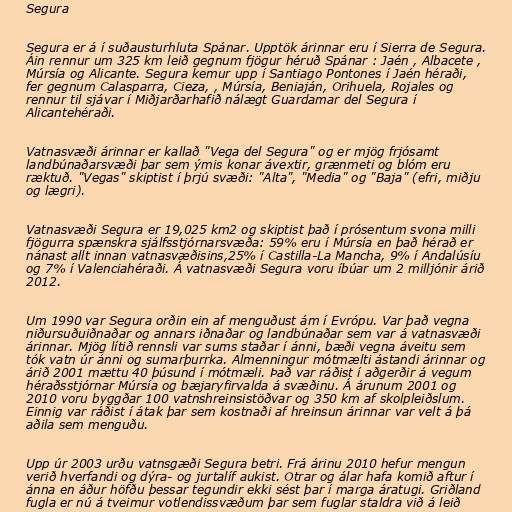
Segura

Segura er á í suðausturhluta Spánar. Upptök árinnar eru í Sierra de Segura.
Áin rennur um 325 km leið gegnum fjögur héruð Spánar : Jaén , Albacete ,
Múrsía og Alicante. Segura kemur upp í Santiago Pontones í Jaén héraði,
fer gegnum Calasparra, Cieza, , Múrsía, Beniaján, Orihuela, Rojales og
rennur til sjávar í Miðjarðarhafið nálægt Guardamar del Segura í
Alicantehéraði.

Vatnasvæði árinnar er kallað "Vega del Segura" og er mjög frjósamt
landbúnaðarsvæði þar sem ýmis konar ávextir, grænmeti og blóm eru
ræktuð. "Vegas" skiptist í þrjú svæði: "Alta", "Media" og "Baja" (efri, miðju
og lægri).

Vatnasvæði Segura er 19,025 km2 og skiptist það í prósentum svona milli
fjögurra spænskra sjálfsstjórnarsvæða: 59% eru í Múrsía en það hérað er
nánast allt innan vatnasvæðisins,25% í Castilla-La Mancha, 9% í Andalúsíu
og 7% í Valenciahéraði. Á vatnasvæði Segura voru íbúar um 2 milljónir árið
2012.

Um 1990 var Segura orðin ein af menguðust ám í Evrópu. Var það vegna
niðursuðuiðnaðar og annars iðnaðar og landbúnaðar sem var á vatnasvæði
árinnar. Mjög lítið rennsli var sums staðar í ánni, bæði vegna áveitu sem
tók vatn úr ánni og sumarþurrka. Almenningur mótmælti ástandi árinnar og
árið 2001 mættu 40 þúsund í mótmæli. Það var ráðist í aðgerðir á vegum
héraðsstjórnar Múrsía og bæjaryfirvalda á svæðinu. Á árunum 2001 og
2010 voru byggðar 100 vatnshreinsistöðvar og 350 km af skolpleiðslum.
Einnig var ráðist í átak þar sem kostnaði af hreinsun árinnar var velt á þá
aðila sem menguðu.

Upp úr 2003 urðu vatnsgæði Segura betri. Frá árinu 2010 hefur mengun
verið hverfandi og dýra- og jurtalíf aukist. Otrar og álar hafa komið aftur í
ánna en áður höfðu þessar tegundir ekki sést þar í marga áratugi. Griðland
fugla er nú á tveimur votlendissvæðum þar sem fuglar staldra við á leið